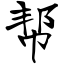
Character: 帮